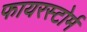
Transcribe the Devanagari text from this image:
फायरस्टोर्म